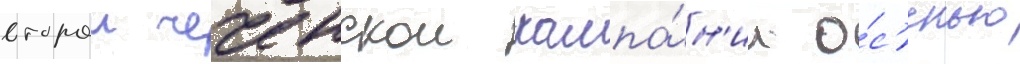
второи чеченскои кампа́н'ии о́с'енью